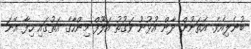
ބުނެލިއެވެ. އެތަނުން ދާން އުޅުނު ވަގުތު އަލޫފް މިންހާގެ އަތުގައި ހިފާ އޭނަ